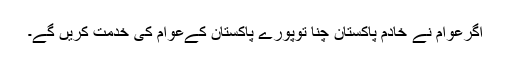
اگرعوام نے خادم پاکستان چنا توپورے پاکستان کےعوام کی خدمت کریں گے۔